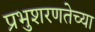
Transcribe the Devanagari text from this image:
प्रभुशरणतेच्या